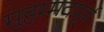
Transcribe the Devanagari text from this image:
मुहम्मदपूर्व